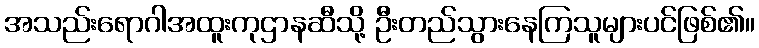
အသည်းရောဂါအထူးကုဌာနဆီသို့ ဦးတည်သွားနေကြသူများပင်ဖြစ်၏။